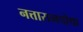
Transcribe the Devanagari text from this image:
नत्तारामपोथा